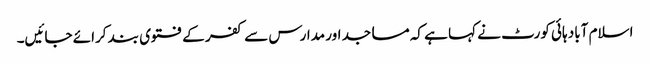
اسلام آباد ہائی کورٹ نے کہا ہے کہ مساجد اور مدارس سے کفر کے فتوی بند کرائے جائیں۔